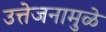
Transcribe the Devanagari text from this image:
उत्तेजनामुळे